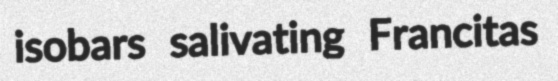
isobars salivating Francitas